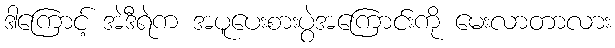
ဒါကြောင့် အဲဒီရဲက အပူပေးစားပွဲအကြောင်းကို မေးလာတာလား